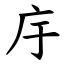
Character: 㡰